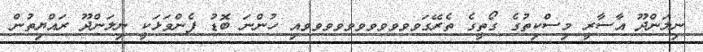
ނިލަންދޫ އާސާރީ މިސްކިތުގެ ގޯތީގެ ތެރޭގަވވވވވވވވވވވއި ހުންނަ ބޮޑު ފެންވަޅަކީ ނިލަންދޫ ރައްޔިތުން